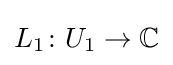
L_{1}\colon U_{1}\to \mathbb {C}